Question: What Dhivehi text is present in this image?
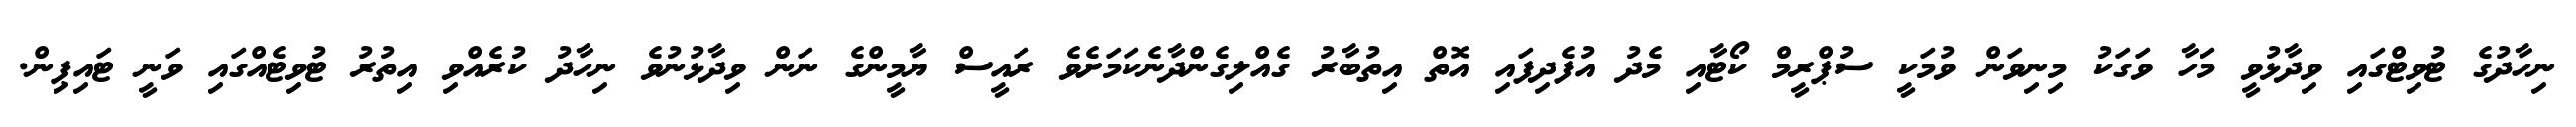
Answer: ނިހާދުގެ ޓުވިޓްގައި ވިދާޅުވީ މަހާ ވަގަކު މިނިވަން ވުމަކީ ސުޕްރީމް ކޯޓާއި މެދު އުފެދިފައި އޮތް އިތުބާރު ގެއްލިގެންދާނެކަމަށެވެ ރައީސް ޔާމީންގެ ނަން ވިދާޅުނުވެ ނިހާދު ކުރެއްވި އިތުރު ޓުވިޓެއްގައި ވަނީ ޓައިޕިން.